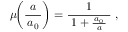
\mu \! \! \left( { \frac { a } { \, a _ { 0 } \, } } \right) = { \frac { 1 } { \; 1 + { \frac { \, a _ { 0 } \, } { a } } \; } } ~ ,